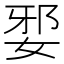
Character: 𡜹